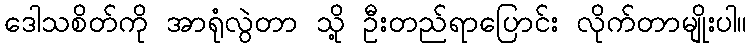
ဒေါသစိတ်ကို အာရုံလွဲတာ သို့ ဦးတည်ရာပြောင်း လိုက်တာမျိုးပါ။